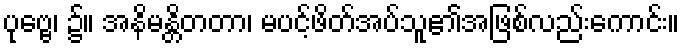
ပုဗ္ဗေ၊ ၌။ အနိမန္တိတတာ၊ မပင့်ဖိတ်အပ်သူ၏အဖြစ်လည်းကောင်း။